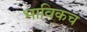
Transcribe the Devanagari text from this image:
भाविकच